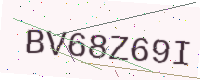
Text: BV68Z69I